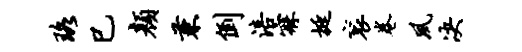
珞巳颜兼倒涪寐挺衮卷夙决